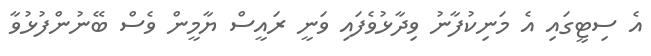
އެ ސިޓީގައި އެ މަނިކުފާނު ވިދާޅުވެފައި ވަނީ ރައީސް ޔާމީން ވެސް ބޭނުންފުޅުވާ